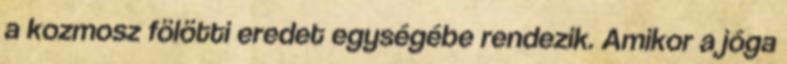
a kozmosz fölötti eredet egységébe rendezik. Amikor a jóga